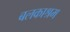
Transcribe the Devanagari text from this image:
बलकाश्रम